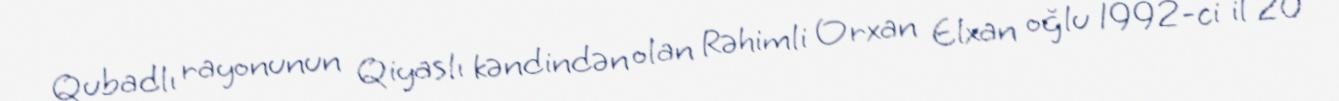
Qubadlı rayonunun Qiyaslı kəndindən olan Rəhimli Orxan Elxan oğlu 1992-ci il 20